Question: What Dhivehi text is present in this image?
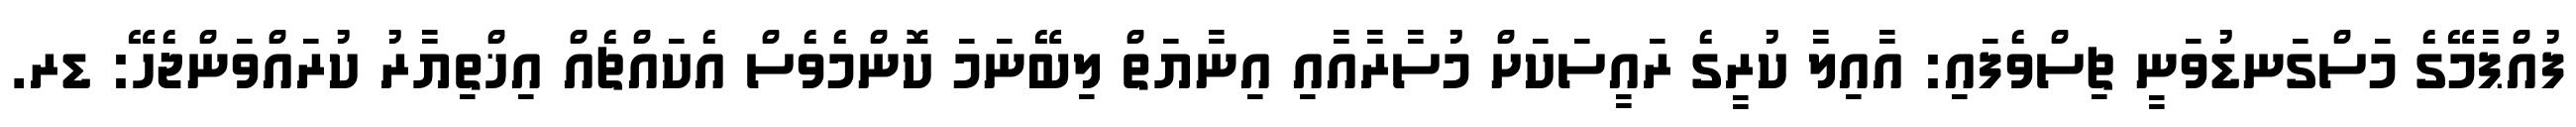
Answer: ފުއްޕާމޭގެ މަސްގަނޑުވަނީ ޗިސްވެފައި: އާއިލާ ކުރީގެ ރައީސަކަށް މުސާރާއާއި އިނާޔަތް ލިބޭނަމަ ކޮންމެވެސް އެކައްޗެއް އިޚްތިޔާރު ކުރައްވަންޖެހޭ: ޑރ.